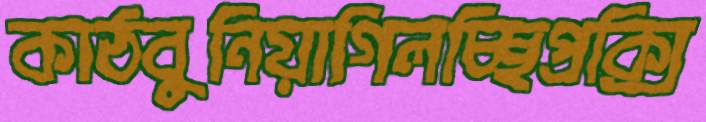
কাঠবুনিয়াগিলচ্ছিপ্রক্সি